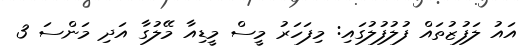
އައު ލަފުޒުތައް ފުލުފުލުގައި: މިފަހަރު މީސް މީޑިއާ މޭލުގާ އަދި މަންސަ 3